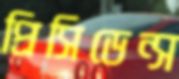
প্রিসিডেন্স